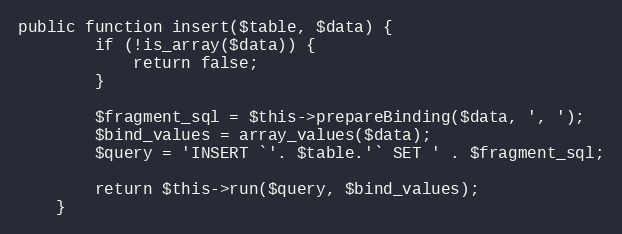
Language: PHP
public function insert($table, $data) {
        if (!is_array($data)) {
            return false;
        }

        $fragment_sql = $this->prepareBinding($data, ', ');
        $bind_values = array_values($data);
        $query = 'INSERT `'. $table.'` SET ' . $fragment_sql;

        return $this->run($query, $bind_values);
    }